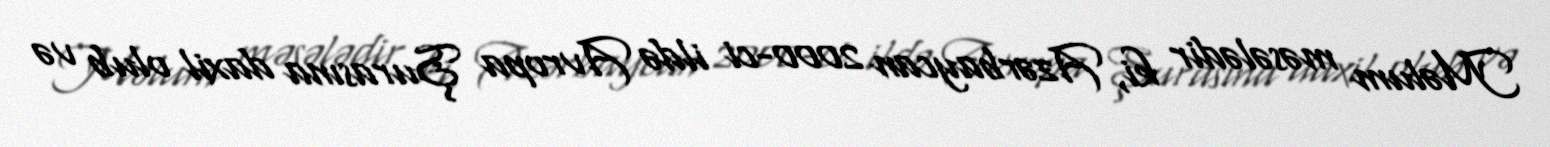
Məlum məsələdir ki, Azərbaycan 2000-ci ildə Avropa Şurasına daxil olub və